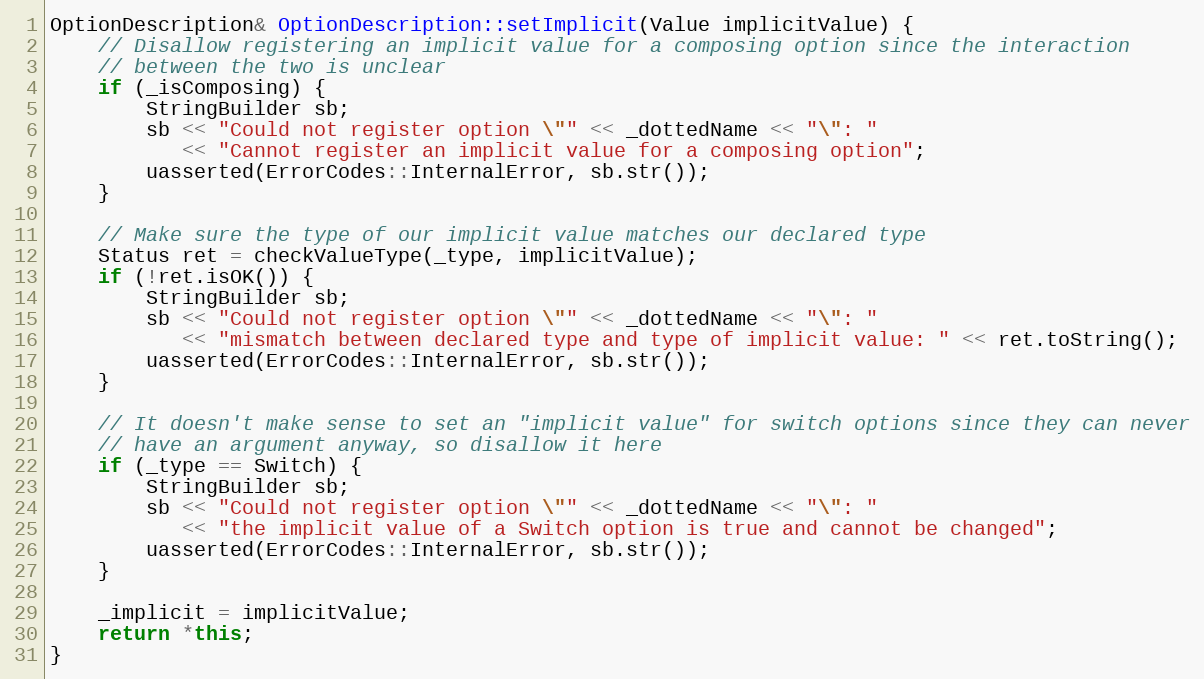
Language: C++
OptionDescription& OptionDescription::setImplicit(Value implicitValue) {
    // Disallow registering an implicit value for a composing option since the interaction
    // between the two is unclear
    if (_isComposing) {
        StringBuilder sb;
        sb << "Could not register option \"" << _dottedName << "\": "
           << "Cannot register an implicit value for a composing option";
        uasserted(ErrorCodes::InternalError, sb.str());
    }

    // Make sure the type of our implicit value matches our declared type
    Status ret = checkValueType(_type, implicitValue);
    if (!ret.isOK()) {
        StringBuilder sb;
        sb << "Could not register option \"" << _dottedName << "\": "
           << "mismatch between declared type and type of implicit value: " << ret.toString();
        uasserted(ErrorCodes::InternalError, sb.str());
    }

    // It doesn't make sense to set an "implicit value" for switch options since they can never
    // have an argument anyway, so disallow it here
    if (_type == Switch) {
        StringBuilder sb;
        sb << "Could not register option \"" << _dottedName << "\": "
           << "the implicit value of a Switch option is true and cannot be changed";
        uasserted(ErrorCodes::InternalError, sb.str());
    }

    _implicit = implicitValue;
    return *this;
}